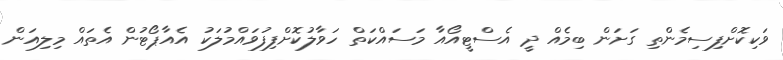
ވަކިކޮށްފިސިމެންތި ގަށަން ބިމެއް ދީ އެސްޓީއޯއާ މަސައްކަތް ހަވާލުކޮށްފިފުވައްމުލަކު އެއާޕޯޓުން އެތައް މިލިއަން